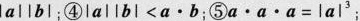
l a l l b l$$；④$$l a l | b l < a · b$$；⑤$$a · a · a = l a | ^ { 3 }$$；